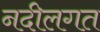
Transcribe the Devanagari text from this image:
नदीलगत